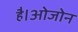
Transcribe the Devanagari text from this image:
है।ओजोन